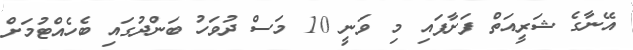
އޭނާގެ ޝަރީއަތް ފަށާފައި މި ވަނީ 10 މަސް ދުވަހު ބަންދުގައި ބެހެއްޓުމަށް